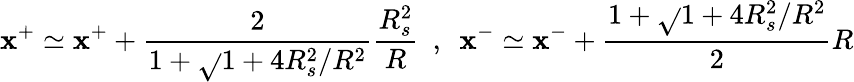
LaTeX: \mathbf{x}^{+}\simeq\mathbf{x}^{+}+\frac{{2}}{{1+\sqrt{}{{1+4R_{s}^{2}/R^{2}}}}}\frac{{R_{s}^{2}}}{{R}}\ \ ,\ \ \mathbf{x}^{-}\simeq\mathbf{x}^{-}+\frac{{1+\sqrt{}{{1+4R_{s}^{2}/R^{2}}}}}{{2}}R